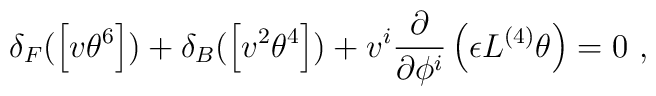
\delta_F ( \left[ v \theta^6 \right] )+ \delta_B (  \left[ v^2 \theta^4 \right]  )+  v^i \frac{\partial}{\partial \phi^i } \left( \epsilon L^{(4)} \theta \right) = 0 ~ ,